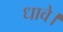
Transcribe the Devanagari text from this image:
धावे।